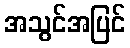
အသွင်အပြင်